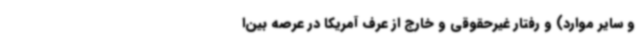
و سایر موارد) و رفتار غیرحقوقی و خارج از عرف آمریکا در عرصه بین‌ا